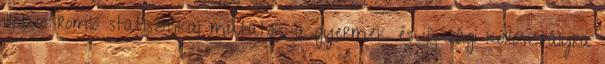
illetve romló statisztikai mutatók a gyermek és ifjúsági korosztályra